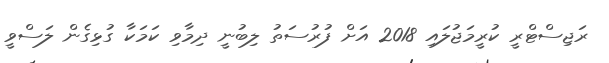
ރަޖިސްޓްރީ ކުރީމަޖުލައި 2018 އަށް ފުރުސަތު ލިބުނީ ދިމާވި ކަމަކާ ގުޅިގެން ލަސްވީ